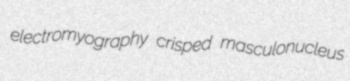
electromyography crisped masculonucleus